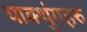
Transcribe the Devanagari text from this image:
याक्थुंगहरु